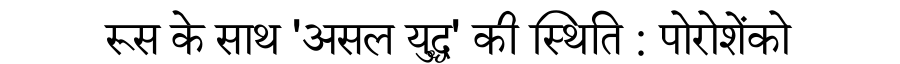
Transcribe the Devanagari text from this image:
रूस के साथ 'असल युद्ध' की स्थिति : पोरोशेंको